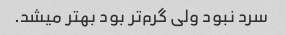
سرد نبود ولی گرم‌تر بود بهتر میشد.